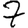
Digit: 7